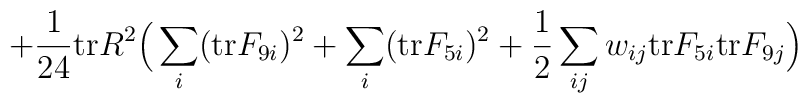
+ { 1\over 24} {\rm tr} R^2 \Big( \sum_i ({\rm tr}F_{9i})^2 + \sum_i ({\rm tr} F_{5i})^2  + {1 \over 2} \sum_{ij}w_{ij} {\rm tr} F_{5i} {\rm tr} F_{9j}\Big)